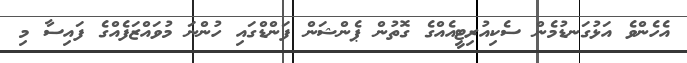
އެހެންވެ އަޅުގަނޑުމެން ސެކިއުރިޓީއެއްގެ ގޮތުން ޕެންޝަން ފަންޑްގައި ހުންނަ މުވައްޒަފެއްގެ ފައިސާ މި